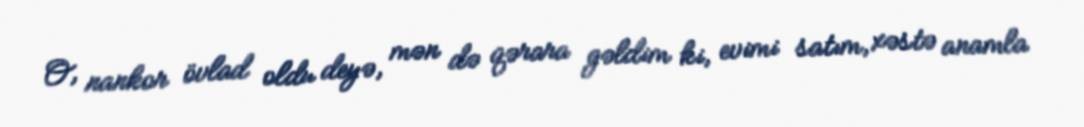
O, nankor övlad oldu deyə, mən də qərara gəldim ki, evimi satım, xəstə anamla